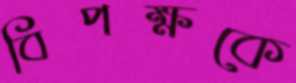
বিপক্ষকে